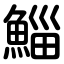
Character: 鯔